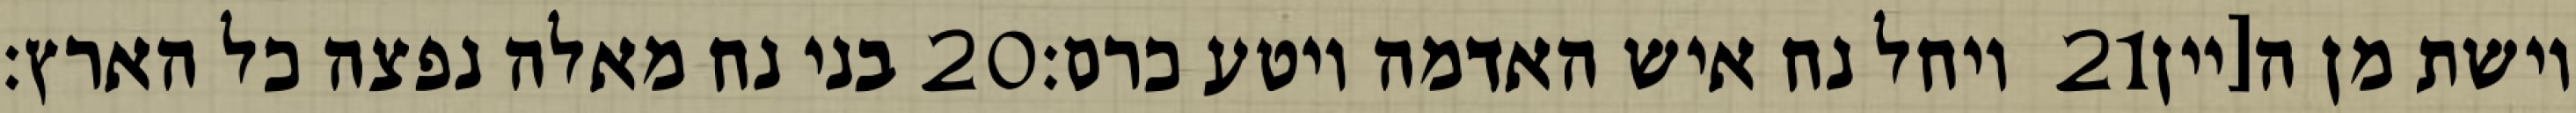
בני נח מאלה נפצה כל הארץ׃ ‎20‏ ויחל נח איש האדמה ויטע כרם׃ ‎21‏ וישת מן ה[יין